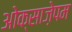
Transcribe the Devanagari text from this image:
ओक्साज़ेपम